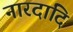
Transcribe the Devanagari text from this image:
नारदादि